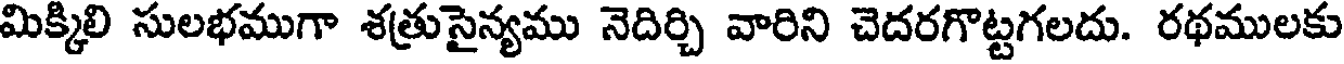
మిక్కిలి సులభముగా శత్రుసైన్యము నెదిర్చి వారిని చెదరగొట్టగలదు. రథములకు